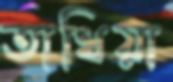
তাথিয়া